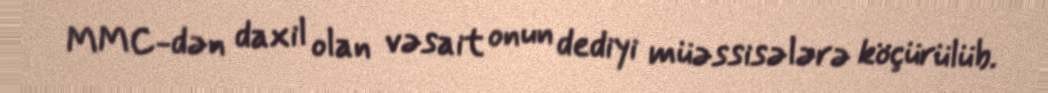
MMC-dən daxil olan vəsait onun dediyi müəssisələrə köçürülüb.